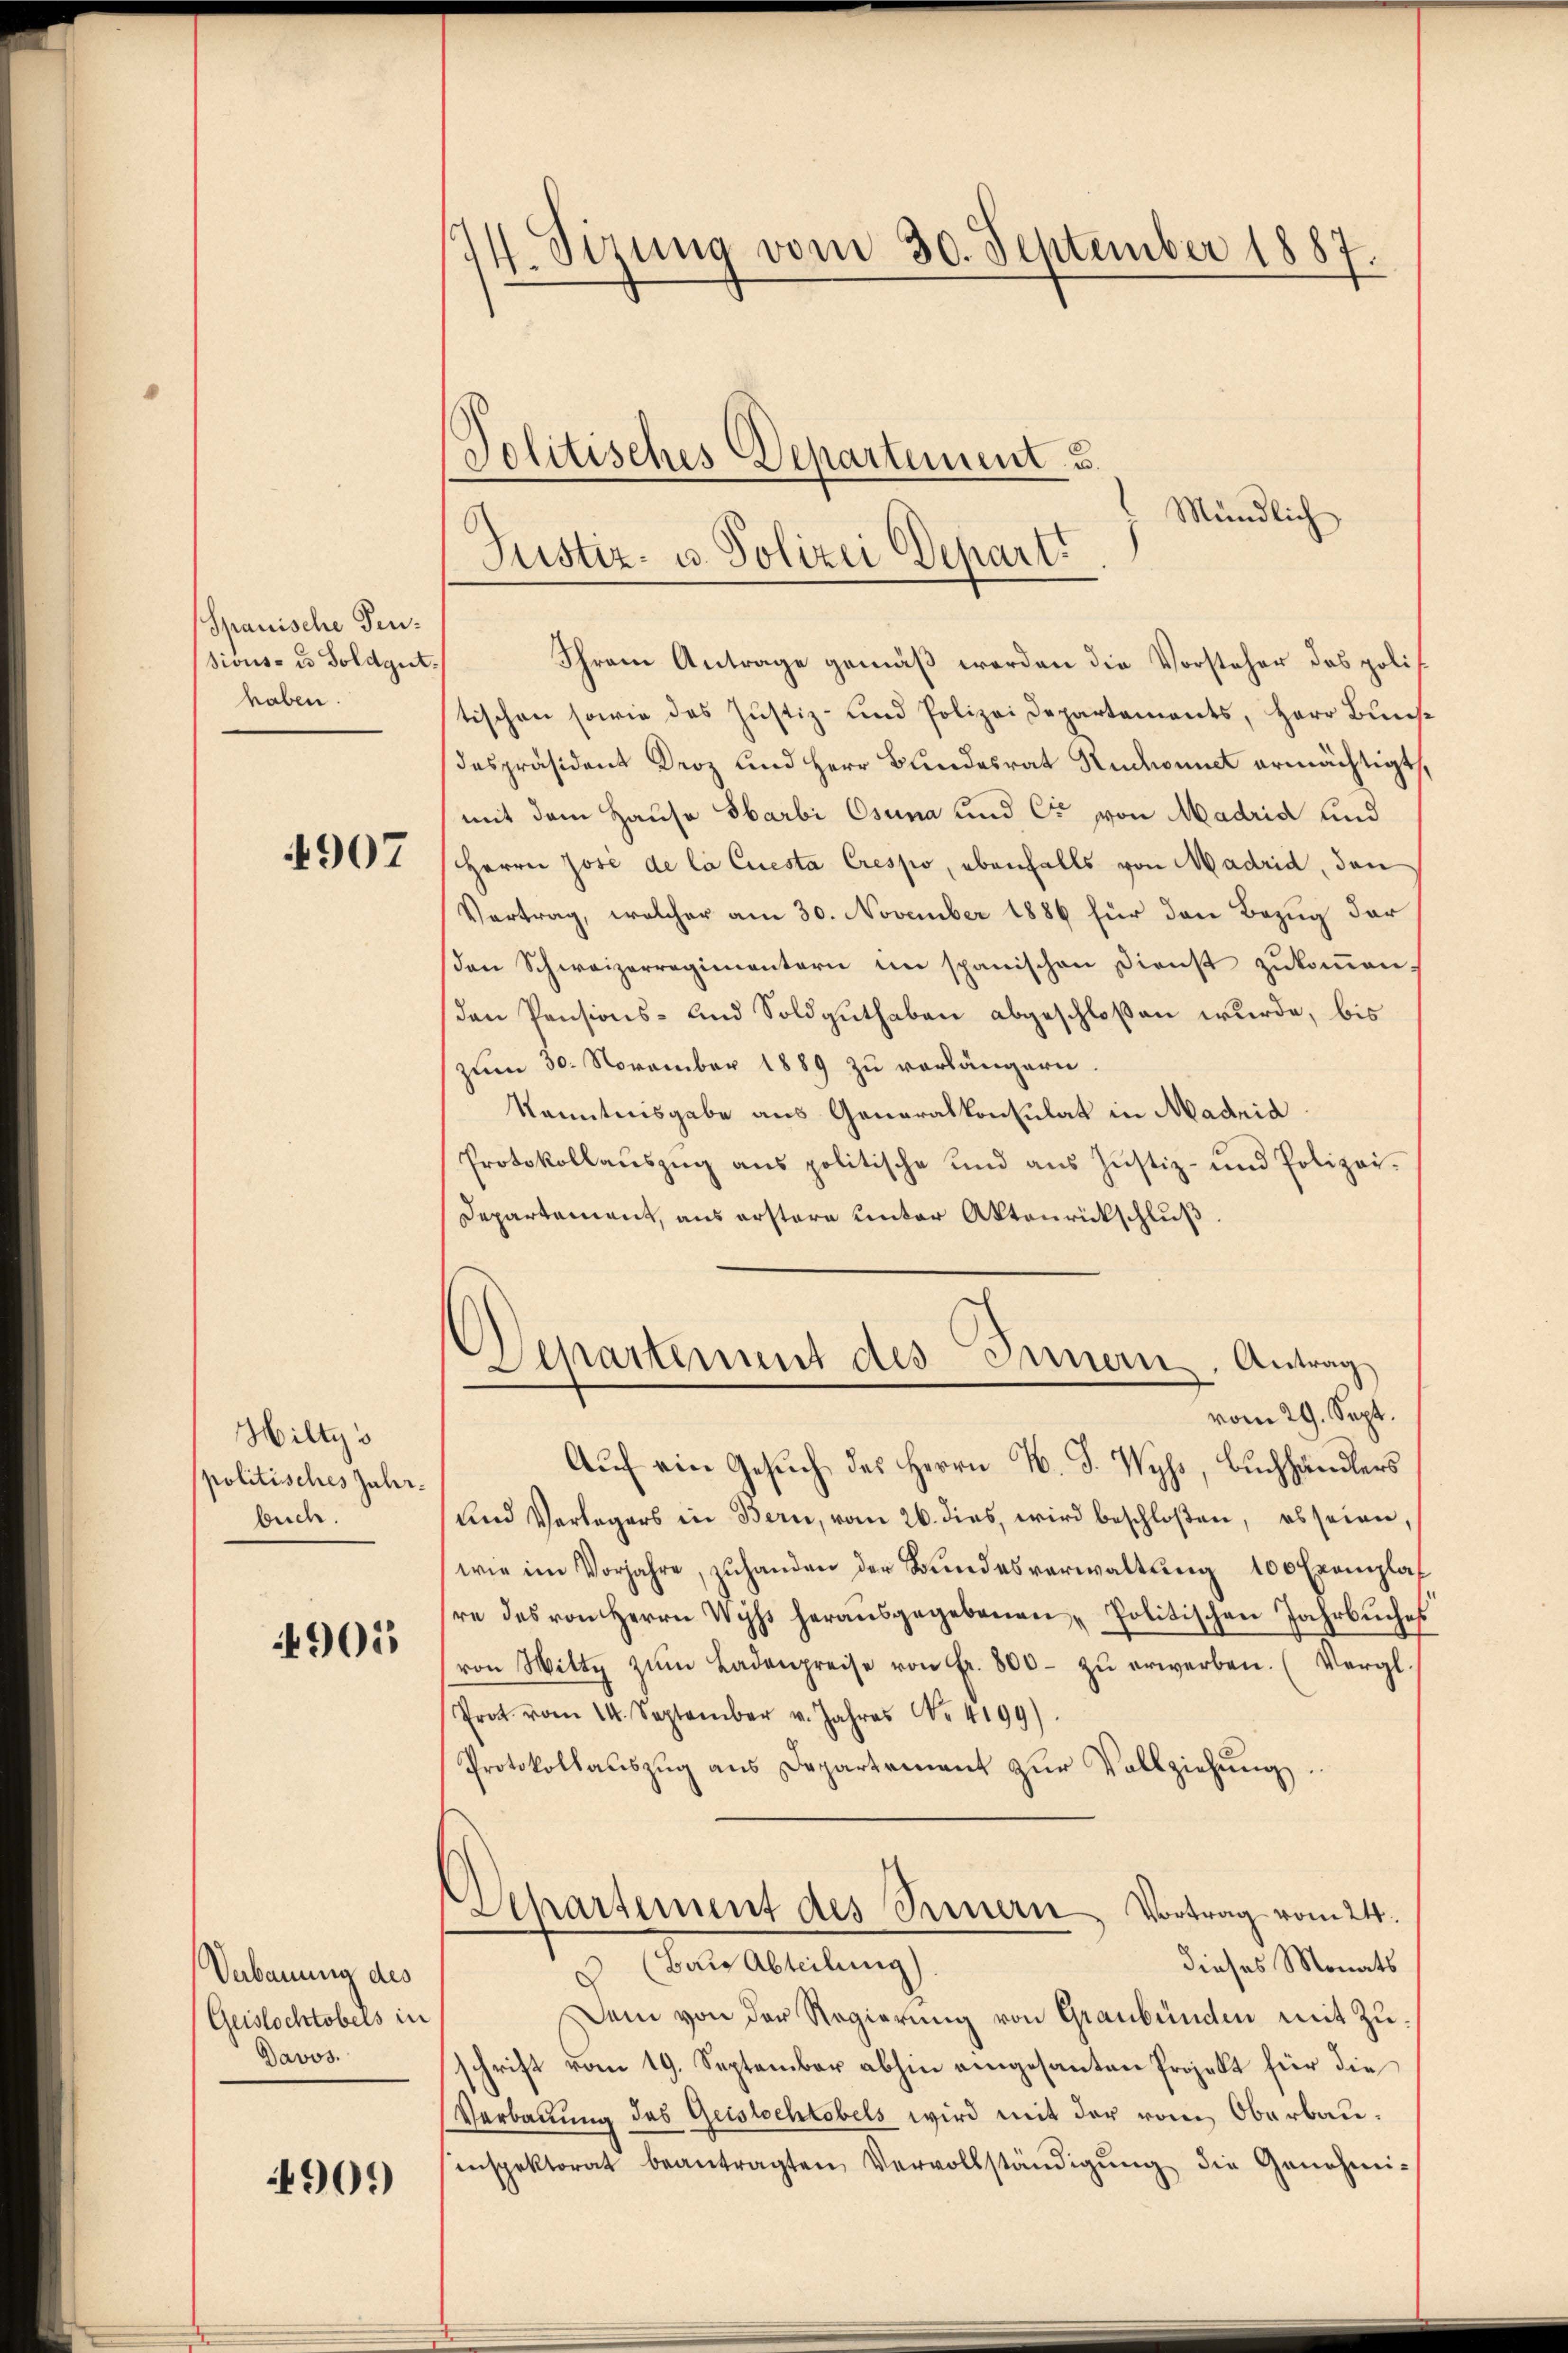
Spanische Fensions- u Soldgut.
haben.

4907

Hiltys
politisches Jahr-
buch.

4905

Verbauung des
Geistochtobers in
Davos.

909)

¼. Sizung vom 30. September 1887.

Justiz- u. Polizei Depart.

Mündlich
Ihrem Antrage gemäß werden die Vorsteher das politischen sowie das Justiz- und Polizeidepartements, Herr Bunse
despräsident Droz und Herr Bundesrat Ruchonnet ermächtigt,
mit dem Hause Sarbi Osuna und C. von Madrid und
Herrn José de la Cuesta Crespo, ebenfalls von Madrid, den
Vertrag, welcher am 30. November 1886 für den Bezug der
den Schweizerregimentern im spanischen Dienst zŭkoṁen.
den Pensions- und Soldguthaben abgeschloßen wurde, bis
zum 30. November 1889 zu vorlängern
Kenntnisgabe aus Generalkonsulat in Madria
Protokollaŭszŭg ans politische und ans Justiz- und Polizei-
Departement, aus erstere unter Aktenrückschluß
Separtement des Innern, Antrag
vom 29. Sept.
Auch ein Gesŭch des Herrn N. F. Wyss, Buchhändlers
Und Verlegers in Bern, vom 26. dies, wird beschloßen, es seien,
wie im Vorjahre, zŭhanden der Bŭndesverwaltŭng 100 Exemplare des von Herrn Wyss herausgegebenen „Politischen Jahrbŭches
von Witte zŭm Badenpreise von fr. 800. zŭ erwerben. (Vergl.
Prat vom 14. September v. Jahres No. 4199).
Protokollauszug aus Departement zur Vollziehung.
Departement des Fernern, Vortrag vom 24.
dieses Monats
 (Bai Abteilung).
Dem von der Regierung von Graubünden mit Zuschrift vom 19. September abhin eingesanten Projekt für die
Verbauung des Geistochtobels wird mit der vom Oberbauenspektorat beantragten Vervollständigŭng die Genehmi-

Politisches Departement u.